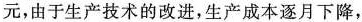
元，由于生产技术的改进，生产成本逐月下降，